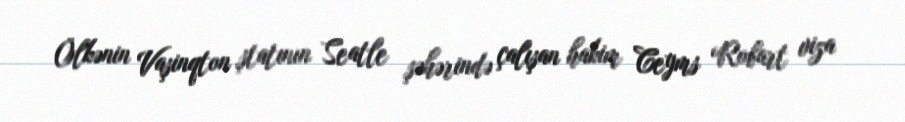
Ölkənin Vaşinqton ştatının Seatle şəhərində çalışan hakim Ceyms Robart viza